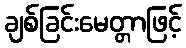
ချစ်ခြင်းမေတ္တာဖြင့်